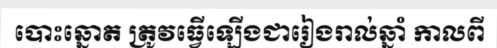
បោះឆ្នោត ត្រូវធ្វើឡើងជារៀងរាល់ឆ្នាំ កាលពី